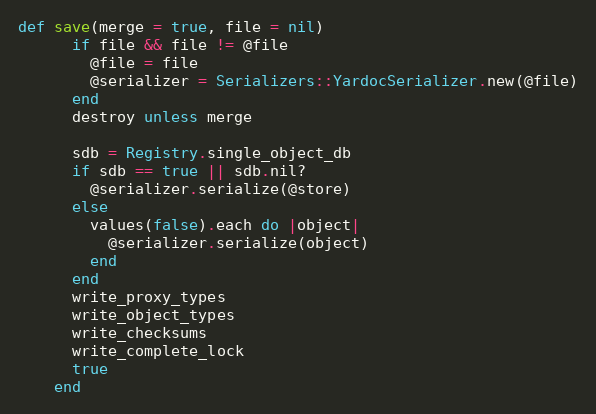
Language: Ruby
def save(merge = true, file = nil)
      if file && file != @file
        @file = file
        @serializer = Serializers::YardocSerializer.new(@file)
      end
      destroy unless merge

      sdb = Registry.single_object_db
      if sdb == true || sdb.nil?
        @serializer.serialize(@store)
      else
        values(false).each do |object|
          @serializer.serialize(object)
        end
      end
      write_proxy_types
      write_object_types
      write_checksums
      write_complete_lock
      true
    end